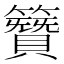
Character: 𮆪